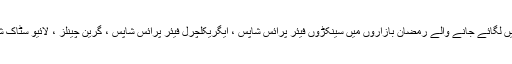
انہوںنے بتایاکہ ضلع فیصل آبادکی تمام تحصیلوں میں لگائے جانے والے رمضان بازاروں میں سینکڑوں فیئر پرائس شاپس ، ایگریکلچرل فیئر پرائس شاپس ، گرین چینلز ، لائیو سٹاک شاپس اور اوپن مارکیٹ فیئر پرائس شاپس شامل ہیں۔